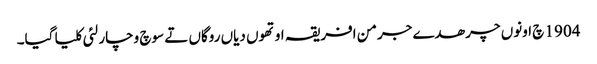
1904 چ اونوں چرھدے جرمن افریقہ اوتھوں دیاں روگاں تے سوچ وچار لئی کلیا گیا۔